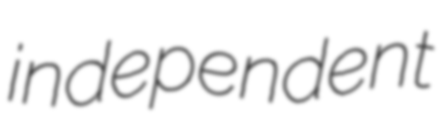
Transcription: independent